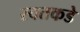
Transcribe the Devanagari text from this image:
स्वतकडे